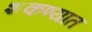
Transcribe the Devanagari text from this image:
शकण्यात